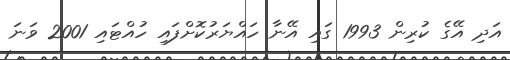
އަދި އޭގެ ކުރިން 1993 ގައި އޭނާ ހައްޔަރުކޮށްފައި ހުއްޓައި 2001 ވަނަ